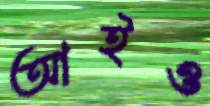
আইও